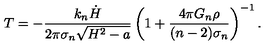
T = - \frac { k _ { n } \dot { H } } { 2 \pi \sigma _ { n } \sqrt { H ^ { 2 } - a } } \left( 1 + \frac { 4 \pi G _ { n } \rho } { ( n - 2 ) \sigma _ { n } } \right) ^ { - 1 } .